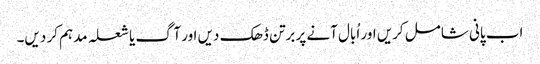
اب پانی شامل کریں اور اُبال آنے پر برتن ڈھک دیں اور آگ یا شعلہ مدہم کر دیں۔